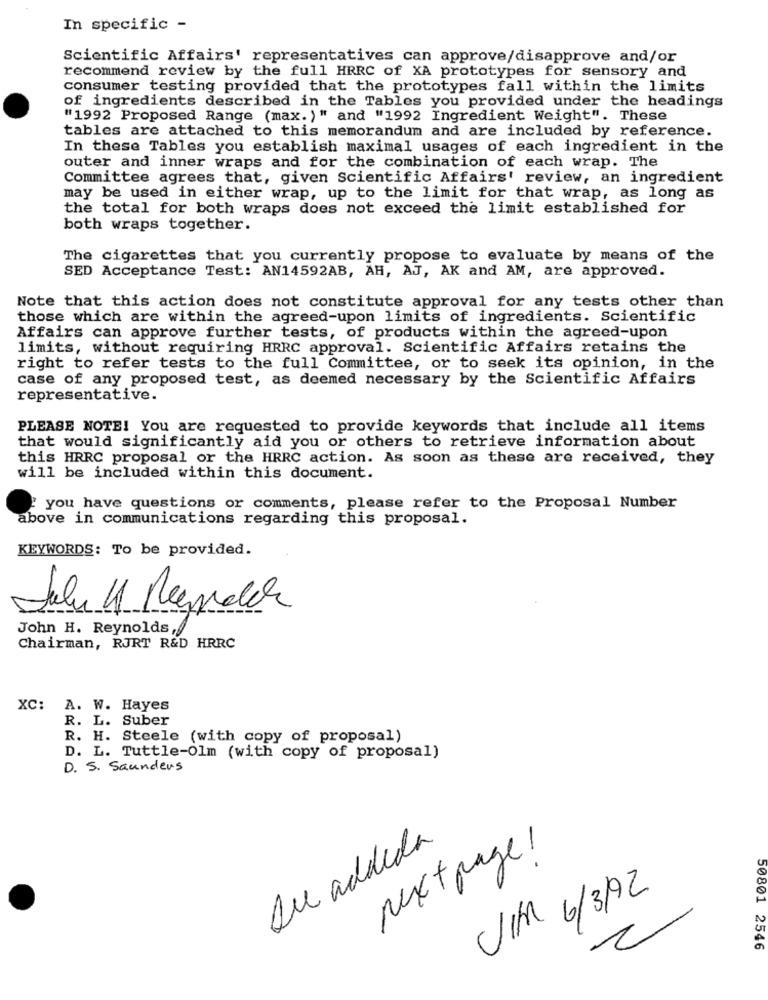
In specific -
Scientific Affairs' representatives can approve/disapprove and/or
recommend review by the full HRRC of XA prototypes for sensory and
consumer testing provided that the prototypes fall within the limits
of ingredients described in the Tables you provided under the headings
"1992 Proposed Range (max. )" and "1992 Ingredient Weight". These
tables are attached to this memorandum and are included by reference.
In these Tables you establish maximal usages of each ingredient in the
outer and inner wraps and for the combination of each wrap. The
Committee agrees that, given Scientific Affairs' review, an ingredient
may be used in either wrap, up to the limit for that wrap, as long as
the total for both wraps does not exceed the limit established for
both wraps together.
The cigarettes that you currently propose to evaluate by means of the
SED Acceptance Test: AN14592AB, AH, AJ, AK and AM, are approved.
Note that this action does not constitute approval for any tests other than
those which are within the agreed-upon limits of ingredients. Scientific
Affairs can approve further tests, of products within the agreed-upon
limits, without requiring HRRC approval. Scientific Affairs retains the
right to refer tests to the full Committee, or to seek its opinion, in the
case of any proposed test, as deemed necessary by the Scientific Affairs
representative.
PLEASE NOTE! You are requested to provide keywords that include all items
that would significantly aid you or others to retrieve information about
this HRRC proposal or the HRRC action. As soon as these are received, they
will be included within this document.
" you have questions or comments, please refer to the Proposal Number
above in communications regarding this proposal.
KEYWORDS: To be provided.
John H. Reynolds,
Chairman, RJRT R&D HRRC
XC: A. W. Hayes
R. L. Suber
R. H. Steele (with copy of proposal)
D. L. Tuttle-Olm (with copy of proposal)
D. S. Saunders
Du addeda
Nextpage!
JIM 6/3/92
2
50801 2546